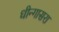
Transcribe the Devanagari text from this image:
धीन्गासरा